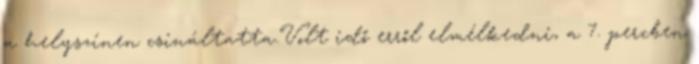
a helyszínen csináltatta.Volt idő erről elmélkedni, a 7. percben